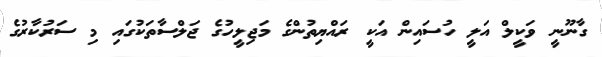
ގާނޫނީ ވަކީލް އަލީ ހުސައިން އަކީ ރައްޔިތުންގެ މަޖިލީހުގެ ޖަލްސާތަކުގައި މި ސަރުކާރުގެ